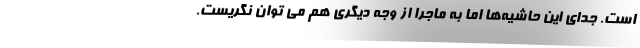
است. جدای این حاشیه‌ها اما به ماجرا از وجه دیگری هم می توان نگریست.